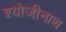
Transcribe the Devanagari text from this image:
श्योजीनाथ